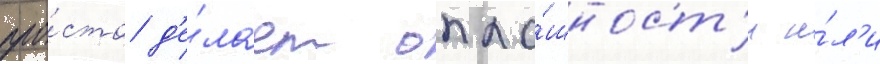
про́сто д'е́лает опло́шност'и и́л'и